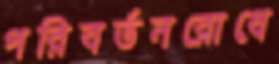
পরিবর্তনরোধে